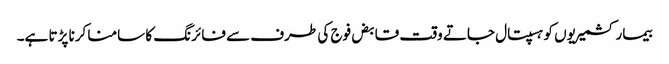
بیمار کشمیریوں کو ہسپتال جاتے وقت قابض فوج کی طرف سے فائرنگ کا سامنا کرنا پڑتا ہے۔